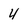
Character: 4